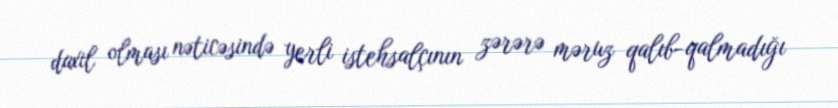
daxil olması nəticəsində yerli istehsalçının zərərə məruz qalıb-qalmadığı